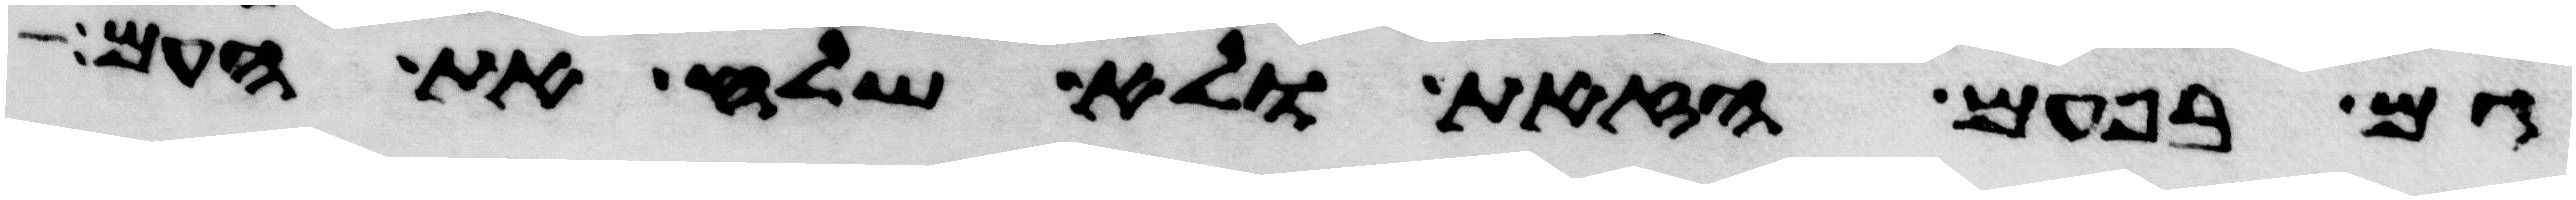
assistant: גם בפעם הזאת ולא שלח את העם